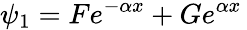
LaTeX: \psi_{1}=Fe^{-\alpha x}+Ge^{\alpha x}\,